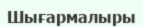
Шығармалыры